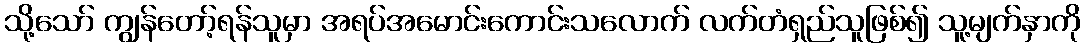
သို့သော် ကျွန်တော့်ရန်သူမှာ အရပ်အမောင်းကောင်းသလောက် လက်တံရှည်သူဖြစ်၍ သူ့မျက်နှာကို